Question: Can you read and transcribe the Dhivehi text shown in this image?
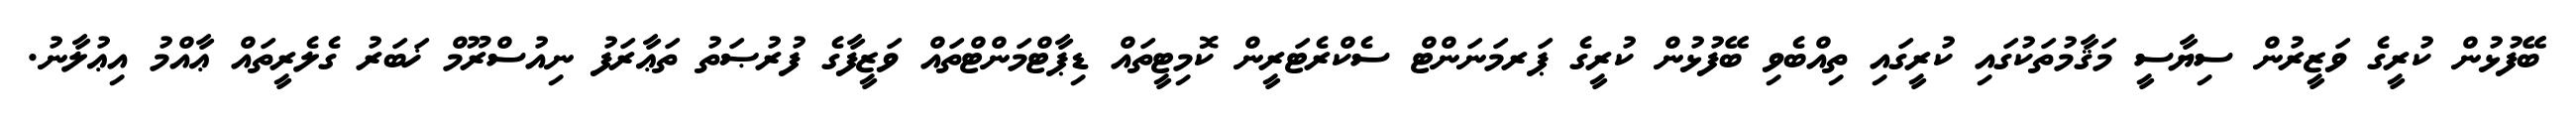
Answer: ބޭފުޅުން ކުރީގެ ވަޒީރުން ސިޔާސީ މަޤާމުތަކުގައި ކުރީގައި ތިއްބެވި ބޭފުޅުން ކުރީގެ ޕަރމަނަންޓް ސެކްރެޓަރީން ކޮމިޓީތައް ޑިޕާޓްމަންޓްތައް ވަޒީފާގެ ފުރުޞަތު ތަޢާރަފު ނިއުސްރޫމް ޚަބަރު ގެލެރީތައް ޢާއްމު އިޢުލާނު.